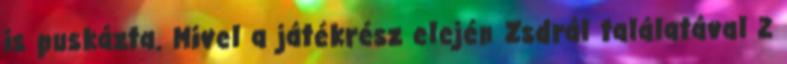
is puskázta. Mivel a játékrész elején Zsdrál találatával 2